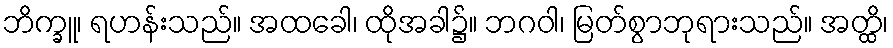
ဘိက္ခူ၊ ရဟန်းသည်။ အထခေါ၊ ထိုအခါ၌။ ဘဂဝါ၊ မြတ်စွာဘုရားသည်။ အတ္ထိ၊